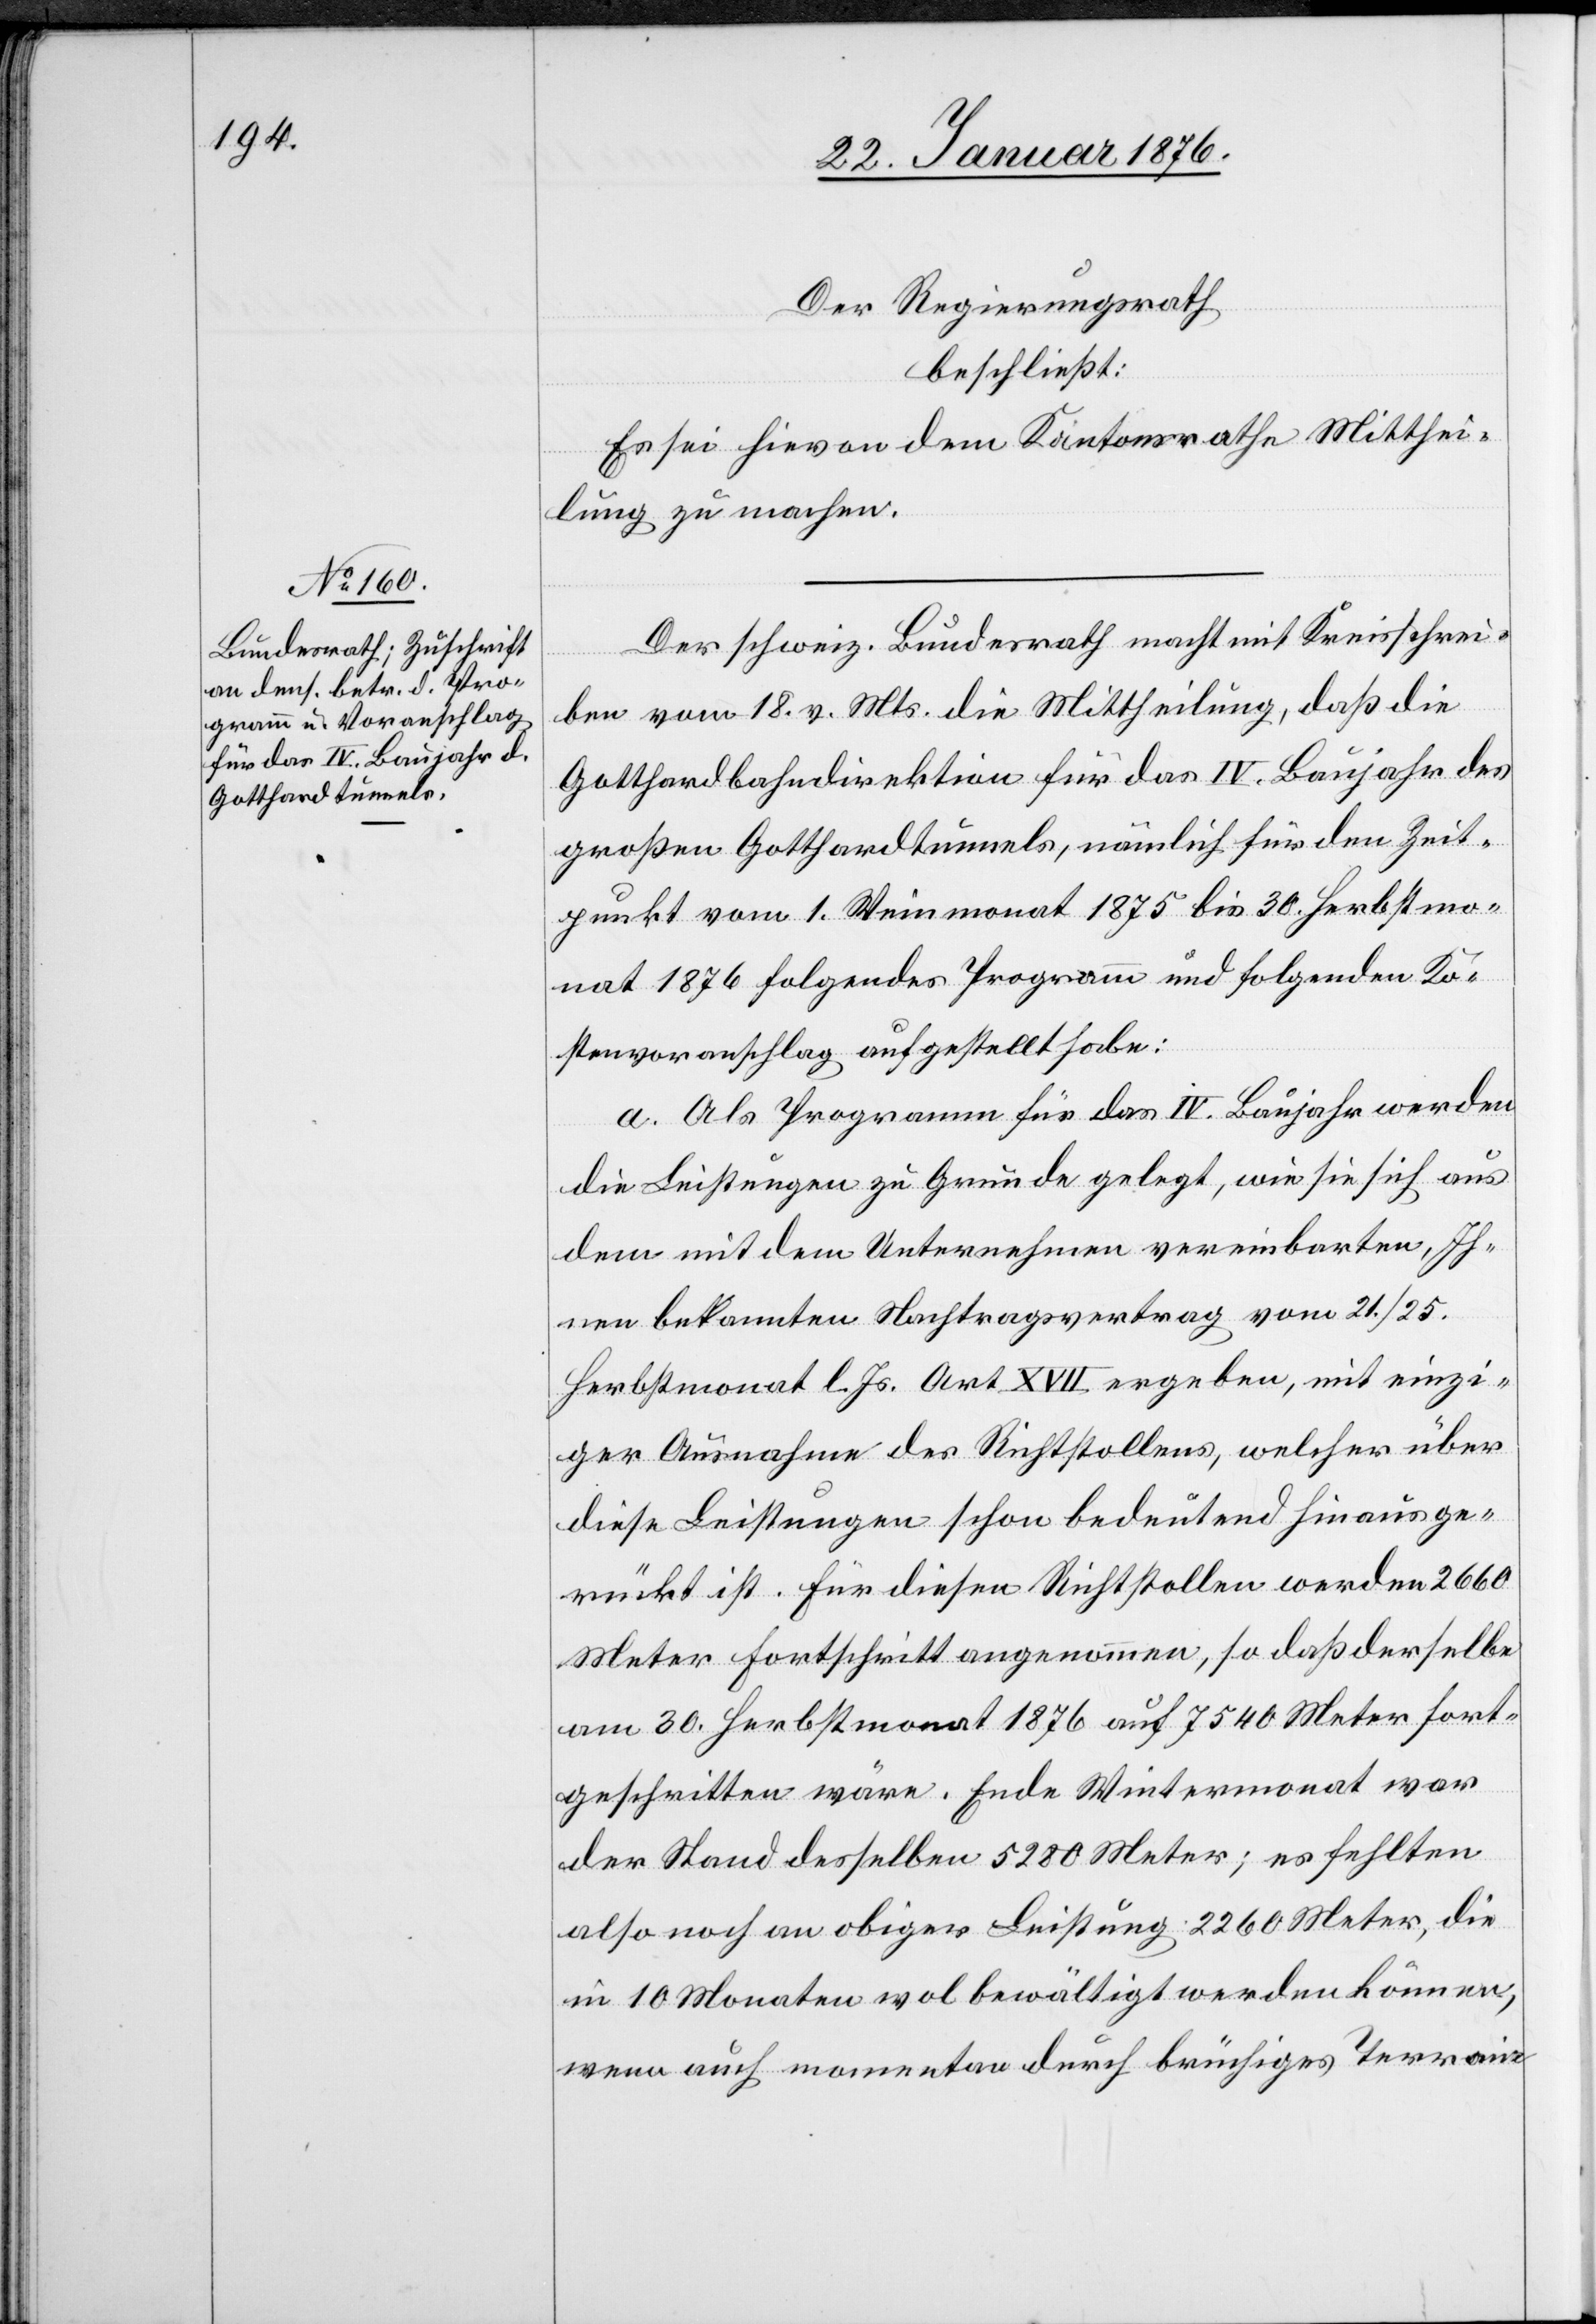
Der Regierungsrath
beschließt:
Es sei hievon dem Kantonsrathe Mitthei¬
lung zu machen.
Der schweiz. Bundesrath macht mit Kreisschrei¬
ben vom 18. v. Mts. die Mittheilung, daß die
Gotthardbahndirektion für das IV. Baujahr des
großen Gotthardtunnels, nämlich für den Zeit¬
punkt vom 1. Weinmonat 1875 bis 30. Herbstmo¬
nat 1876 folgendes Programm und folgenden Ko¬
stenvoranschlag aufgestellt habe:
a. Als Programm für das IV. Baujahr werden
die Leistungen zu Grunde gelegt, wie sie sich aus
dem mit dem Unternehmen vereinbarten, Ih¬
nen bekannten Nachtragsvertrag vom 21./25.
Herbstmonat l. Js. Art. XVII ergeben, mit einzi¬
ger Ausnahme des Richtstollens, welcher über
diese Leistungen schon bedeutend hinausge¬
rückt ist. Für diesen Richtstollen werden 2660
Meter Fortschritt angenommen, so daß derselbe
am 30. Herbstmonat 1876 auf 7540 Meter fort¬
geschritten wäre. Ende Wintermonat war
der Stand desselben 5280 Meter; es fehlten
also noch an obiger Leistung 2260 Meter, die
in 10 Monaten wol bewältigt werden können,
wenn auch momentan durch brüchiges Terrain